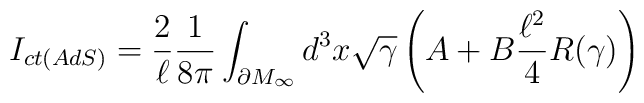
I_{ct(AdS)} = \frac{2}{\ell}\frac{1}{8\pi}\int_{\partial M_\infty} d^{3}x\sqrt{\gamma}\left(A + B\frac{\ell^2}{4} R(\gamma)\right)